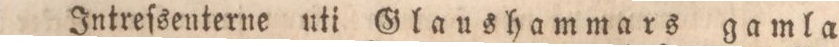
Intreſsenterne uti Glaushammars gamla